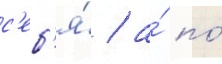
с'еб'я́ / а́ по́